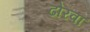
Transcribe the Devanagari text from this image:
ढोरवां